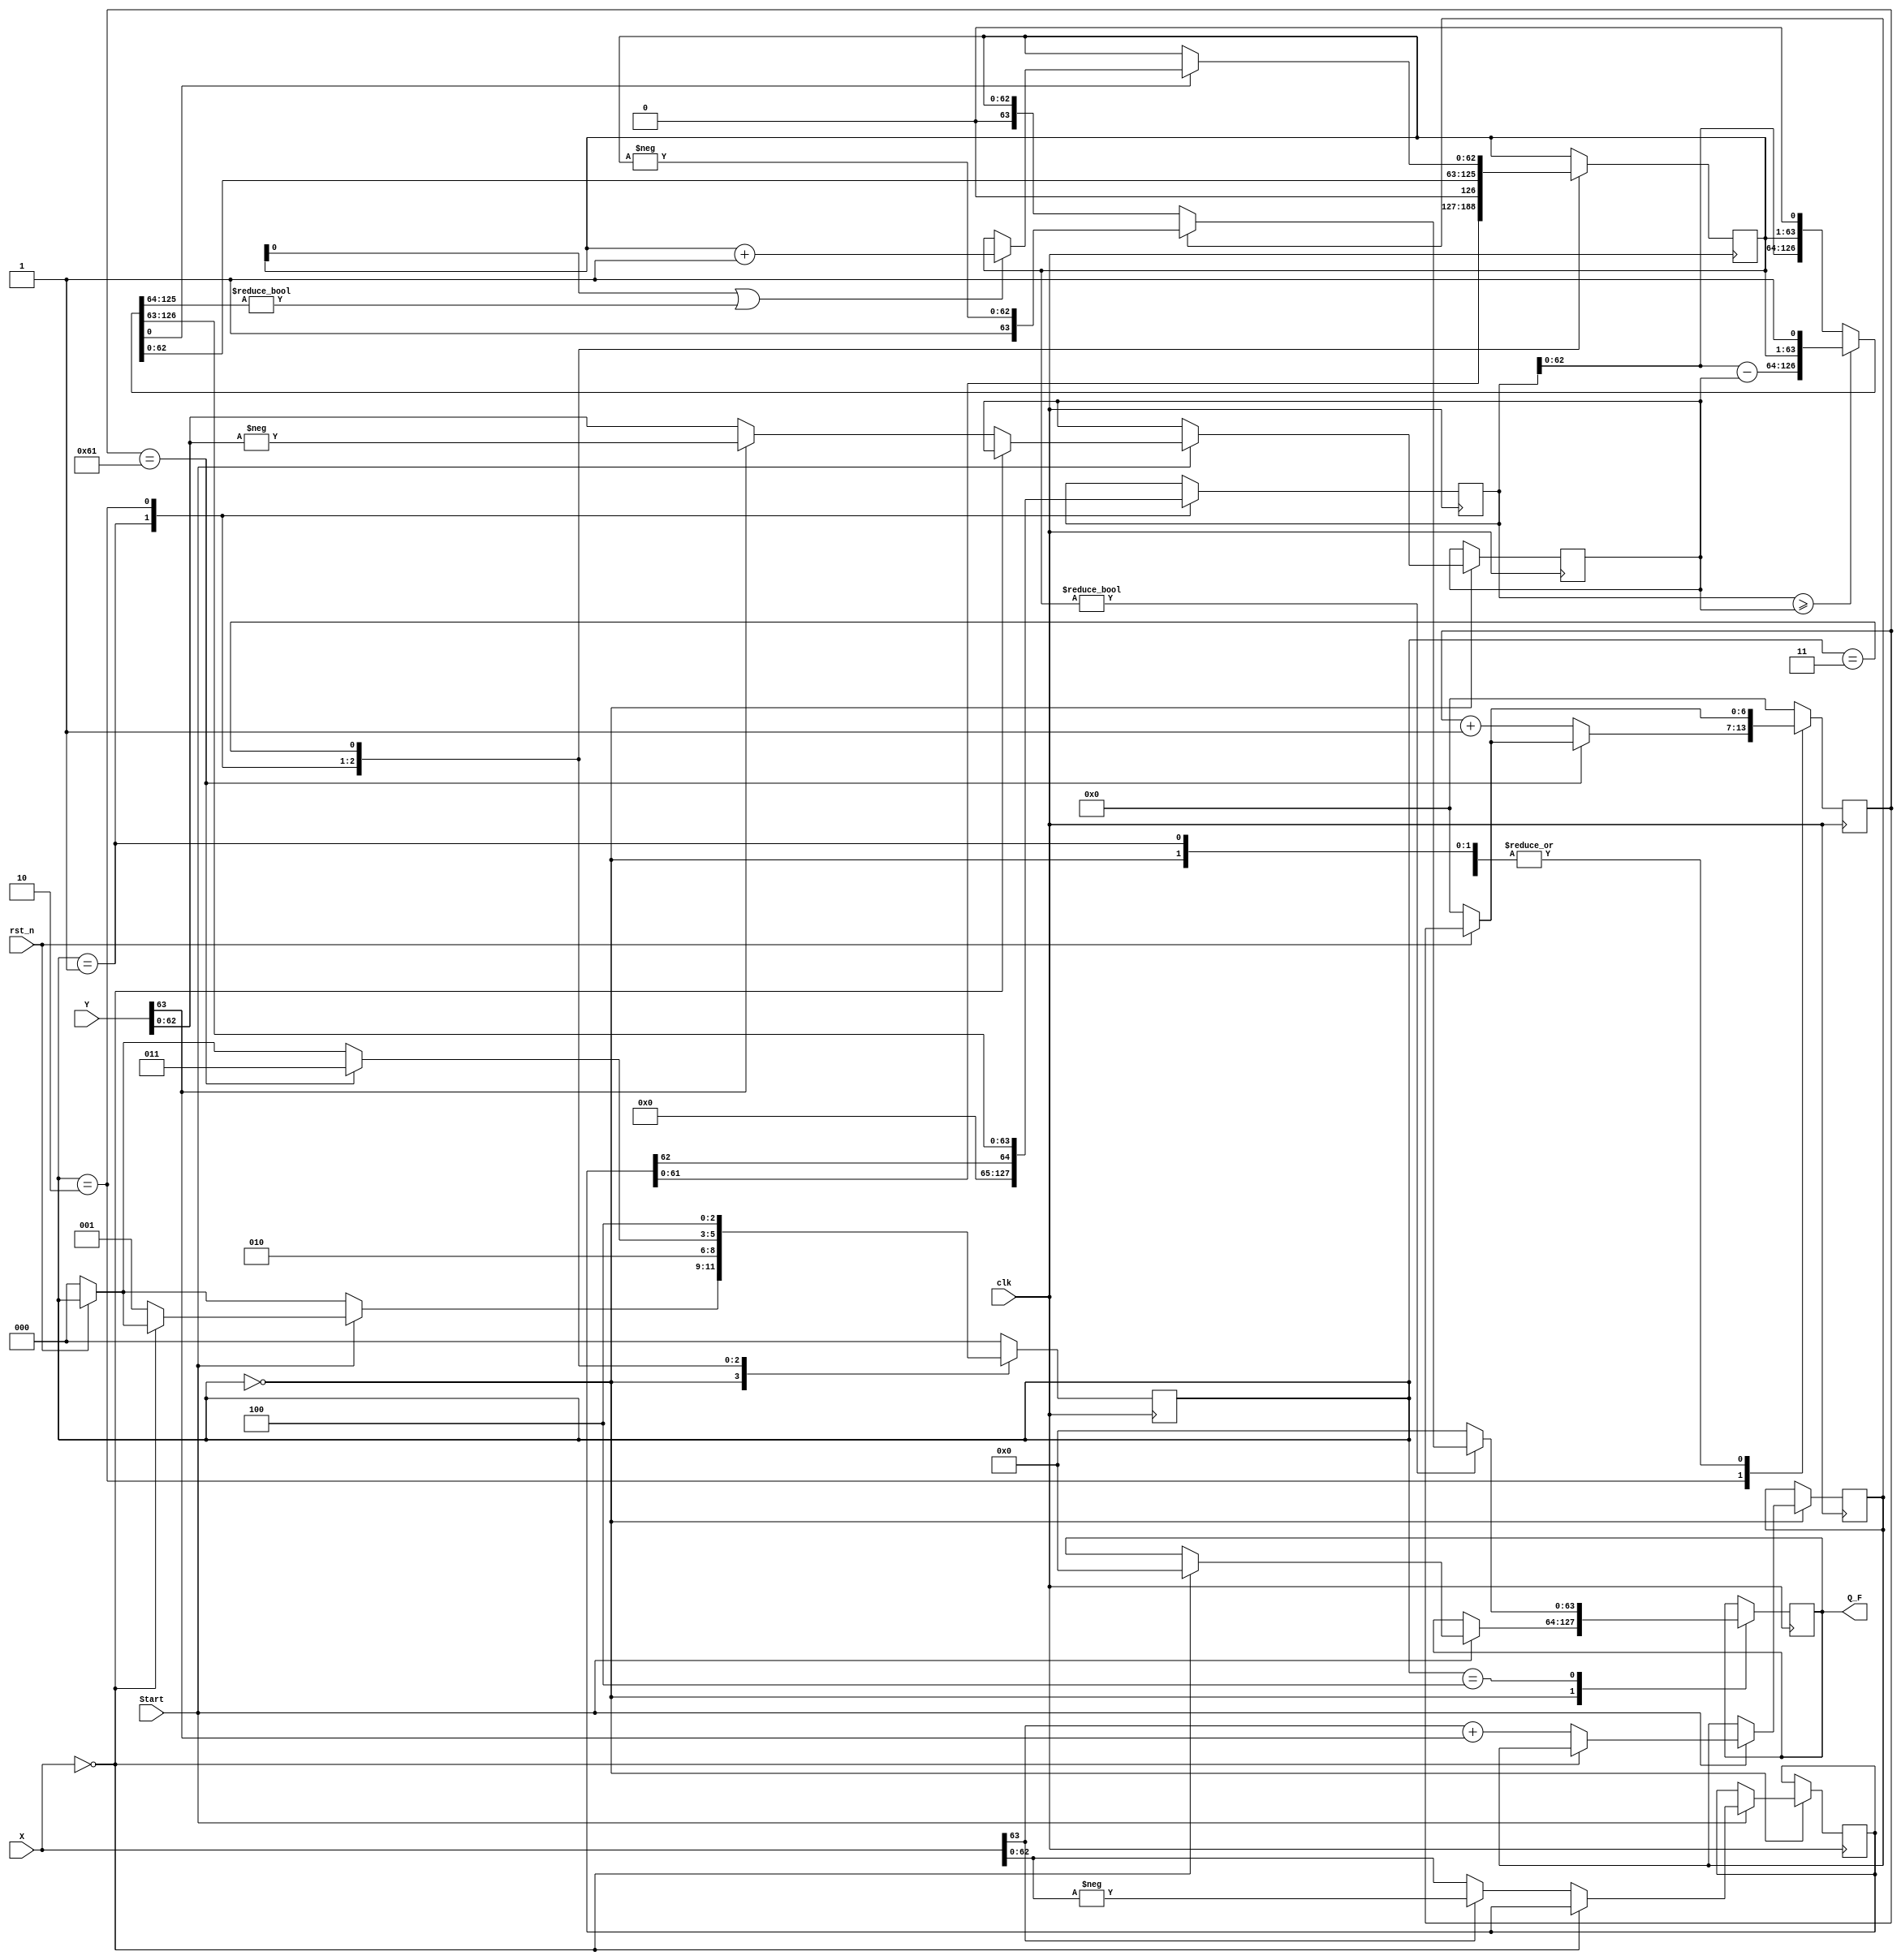
//`timescale 1ns / 1ps
//////////////////////////////////////////////////////////////////////////////////
// Company: 
// Engineer: 
// 
// Design Name: 
// Module Name: invert3x3
// Project Name: 
// Target Devices: 
// Tool Versions: 
// Description: 
// 
// Dependencies: 
// 
// Revision:
// Revision 0.01 - File Created
// Additional Comments:
// 
//////////////////////////////////////////////////////////////////////////////////

module divide(
  input wire signed [63:0] X,
  input wire signed [63:0] Y,
  input wire Start,
  output wire signed [63:0] Q_F,
  input clk,
  input rst_n
);
  parameter INIT1=0, INIT2=1, CAL=2, RND=3, RESULT=4;
  reg[2:0] State;
  reg Xs, Ys, Qs;
  reg[62:0] Xu, Yu;
  reg[63:0] acc, acc_next; //unsigned
  reg[62:0] quo, quo_next; //unsigned
  reg[63:0] Q;
  assign Q_F = Q;
  reg [6:0] i;
  always@(*) //To get sign from inputs
    begin
      Xs = X[63]; // X[WIDTH-1+:1]?
      Ys = Y[63]; //Y[WIDTH-1+:1]?
    end
  always@(*)
    begin
      if(acc >= {1'b0, Yu})
         begin
           acc_next = acc - Yu;
           {acc_next, quo_next} = {acc_next[62:0], quo, 1'b1};
         end
      else begin
        {acc_next, quo_next} = {acc, quo} << 1;
      end
    end
  always@(posedge clk)
    begin
      if(!rst_n)
        begin
          i <= 0;
          State <= INIT1;
        end
      //else begin
      case(State)
        INIT1:
        begin
          if(Start)
          begin
            if(X==0) Q <= 0;
            else begin
            Xu <= Xs ? -X[62:0] : X[62:0];
            Yu <= Ys ? -Y[62:0] : Y[62:0];
          	Qs <= Xs + Ys; // XOR operation equivalent 
          	State <= INIT2;
            end
          end
        end
        INIT2:
        begin
          {acc,quo} <= {{63{1'b0}}, Xu, 1'b0}; // INitializing acc and quo
          State <= CAL;
        end
        CAL:
        begin
          if(i==97) State <= RND;//108 iterations
          else i <= i+1;
          acc <= acc_next;
          quo <= quo_next;
        end
        RND:
        begin
          i <= 0;
          if(quo_next[0]==1'b1) begin
            if(quo[0]==1'b1||acc_next[62:1]!=0) quo <= quo + 1;
          end
          State <= RESULT;
        end
        RESULT:
        begin
          if(quo!=0) Q <= Qs ? {1'b1, -quo} : {1'b0, quo};
          else Q <= 0;
          State <= INIT1;
        end
        default:
        begin
          i <= 0;
          State <= INIT1;
        end
      endcase
      end
    //end
endmodule